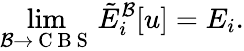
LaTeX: \operatorname*{lim}_{\mathcal{B}\rightarrow\mathrm{~C~B~S~}}\tilde{E}_{i}^{\mathcal{B}}[u]=E_{i}.